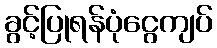
ခွင့်ပြုရန်ပုံငွေကျပ်